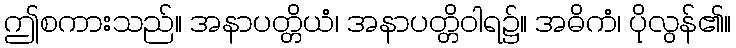
ဤစကားသည်။ အနာပတ္တိယံ၊ အနာပတ္တိဝါရ၌။ အဓိကံ၊ ပိုလွန်၏။